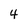
Character: 4